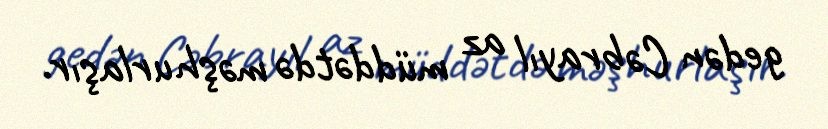
gedən Cəbrayıl az müddətdə məşhurlaşır.